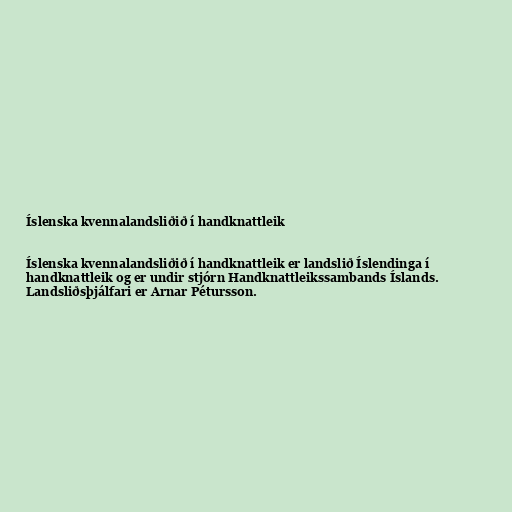
Íslenska kvennalandsliðið í handknattleik

Íslenska kvennalandsliðið í handknattleik er landslið Íslendinga í
handknattleik og er undir stjórn Handknattleikssambands Íslands.
Landsliðsþjálfari er Arnar Pétursson.